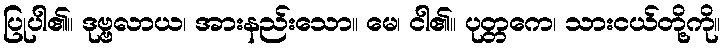
ပြုပါ၏။ ဒုဗ္ဗလာယ၊ အားနည်းသော။ မေ၊ ငါ၏။ ပုတ္တကေ၊ သားငယ်တို့ကို။